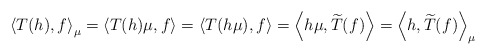
\begin{align*}\left<T(h),f\right>_{\mu}=\left<T(h)\mu,f\right>=\left<T(h\mu),f\right>=\left<h\mu,\widetilde{T}(f)\right>=\left<h,\widetilde{T}(f)\right>_{\mu}\end{align*}